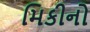
મિકીનો